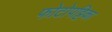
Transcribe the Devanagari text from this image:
फोटोपट्टिका